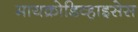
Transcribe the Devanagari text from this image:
मायक्रोडिव्हाइसेस